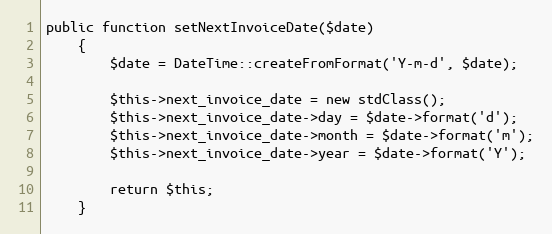
Language: PHP
public function setNextInvoiceDate($date)
    {
        $date = DateTime::createFromFormat('Y-m-d', $date);

        $this->next_invoice_date = new stdClass();
        $this->next_invoice_date->day = $date->format('d');
        $this->next_invoice_date->month = $date->format('m');
        $this->next_invoice_date->year = $date->format('Y');

        return $this;
    }